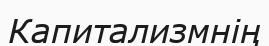
Капитализмнің